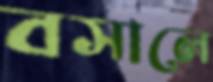
বসালে